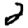
Digit: 2